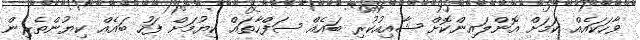
ވާހަކައެއް ކަމަށް އޮންލައިންކޮށް ޝާއިއުކުރި ބައެއް ސަފްހާތައް ކިޔުމަށް ފަހު ބައެއް ކިޔުންތެރިން